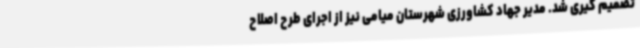
تصمیم گیری شد. مدیر جهاد کشاورزی شهرستان میامی نیز از اجرای طرح اصلاح